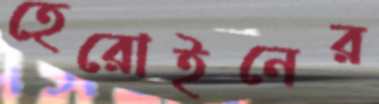
হেরোইনের